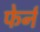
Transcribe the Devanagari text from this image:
फेर्न